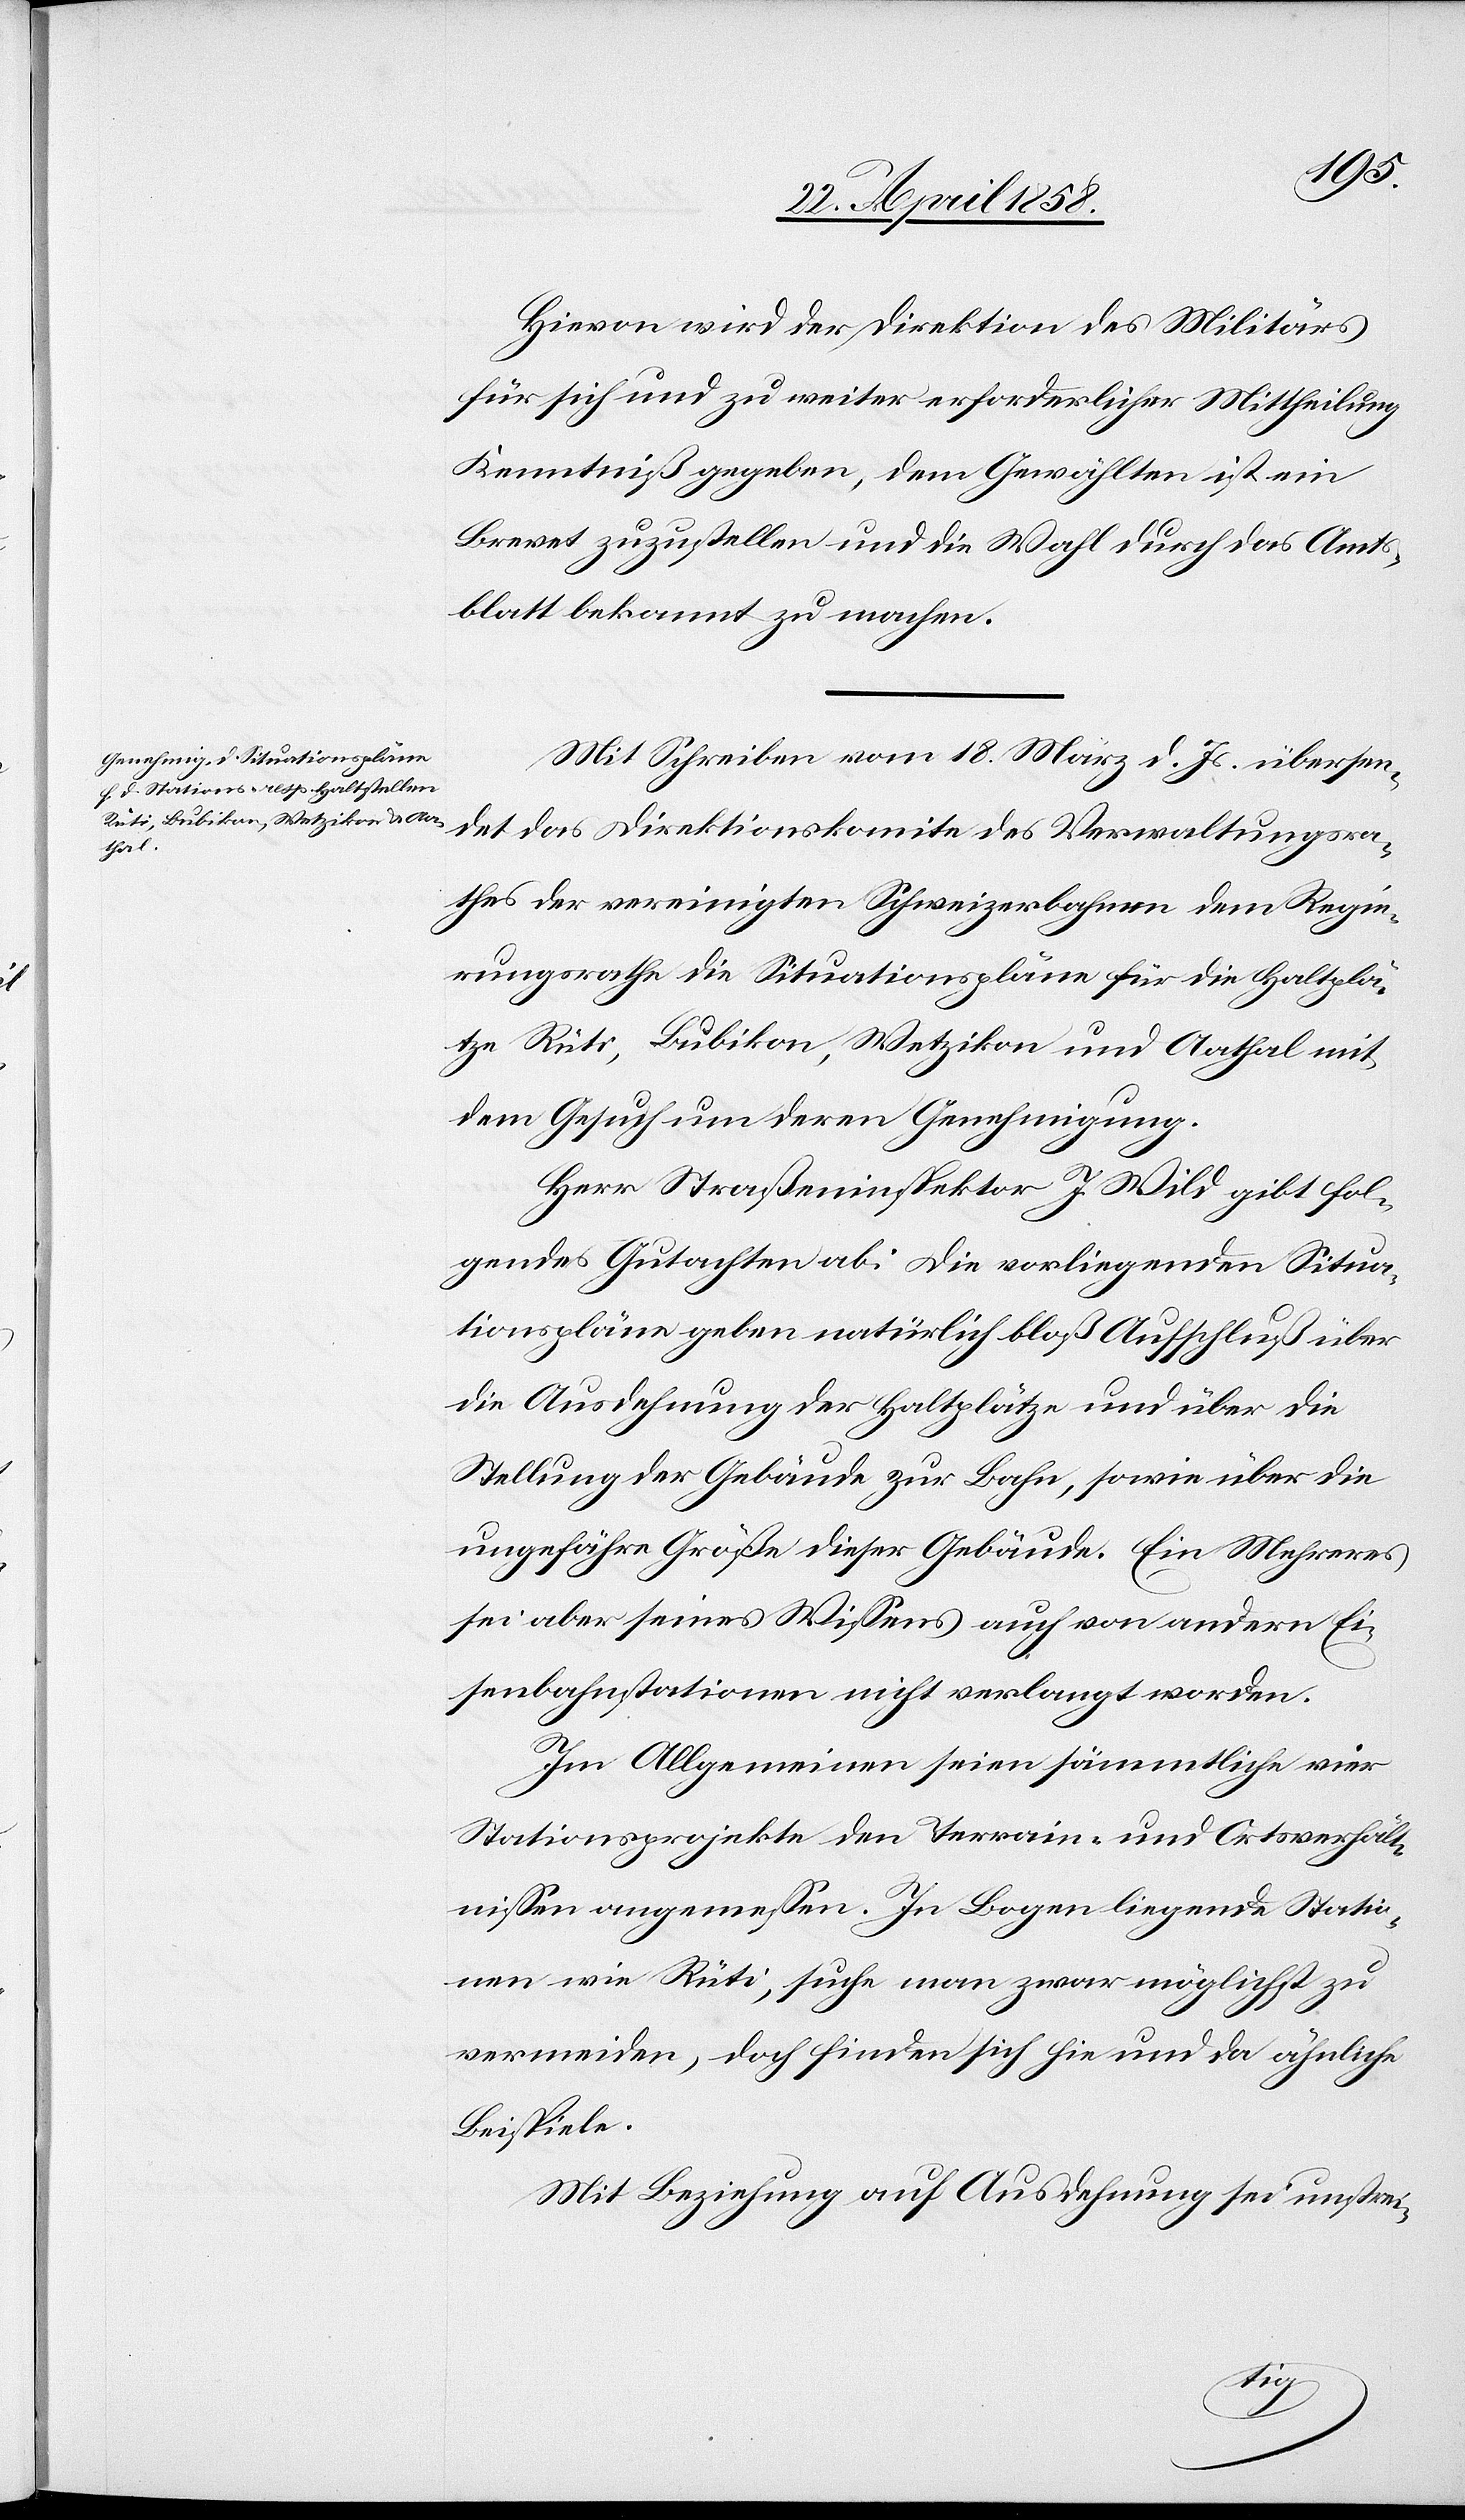
Hievon wird der Direktion des Militärs
für sich und zu weiter erforderlicher Mittheilung
Kenntniß gegeben, dem Gewählten ist ein
Brevet zuzustellen und die Wahl durch das Amts¬
blatt bekannt zu machen.
Mit Schreiben vom 18. März d. Js. übersen¬
det das Direktionskomite des Verwaltungsra¬
thes der vereinigten Schweizerbahnen dem Regie¬
rungsrathe die Situationspläne für die Haltplä¬
tze Rüti, Bubikon, Wetzikon und Aathal mit
dem Gesuch um deren Genehmigung.
Herr Straßeninspektor J. Wild gibt fol¬
gendes Gutachten ab: Die vorliegenden Situa¬
tionspläne geben natürlich bloß Aufschluß über
die Ausdehnung der Haltplätze und über die
Stellung der Gebäude zur Bahn, sowie über die
ungefähre Größe dieser Gebäude. Ein Mehreres
sei aber seines Wissens auch von andern Ei¬
senbahnstationen nicht verlangt worden.
Im Allgemeinen seien sämmtliche vier
Stationsprojekte den Terrain- und Ortsverhält¬
nissen angemessen. In Bogen liegende Statio¬
nen wie Rüti, suche man zwar möglichst zu
vermeiden, doch finden sich hie und da ähnliche
Beispiele.
Mit Beziehung auf Ausdehnung sei unstrei-